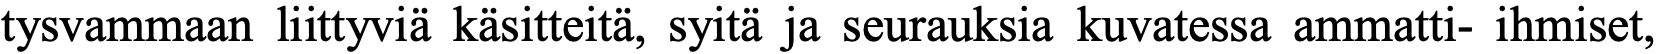
tysvammaan liittyviä käsitteitä, syitä ja seurauksia kuvatessa ammatti- ihmiset,